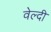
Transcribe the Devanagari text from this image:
वेल्दी